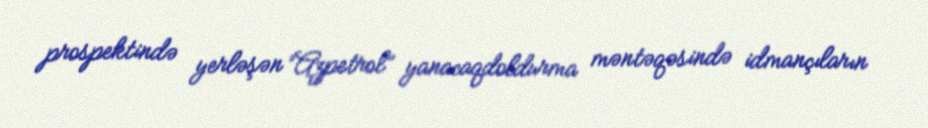
prospektində yerləşən “Azpetrol” yanacaqdoldurma məntəqəsində idmançıların